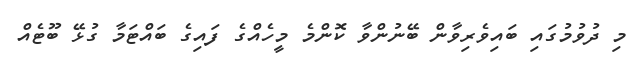
މި ދުވުމުގައި ބައިވެރިވާން ބޭނުންވާ ކޮންމެ މީހެއްގެ ފައިގެ ބައްޓަމާ ގުޅޭ ބޫޓެއް